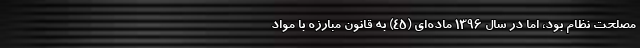
مصلحت نظام بود، اما در سال ۱۳۹۶ ماده‌ای (۴۵) به قانون مبارزه با مواد